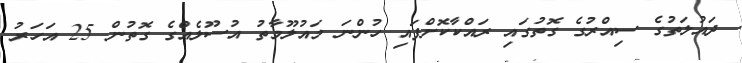
ދައުލަތުގެ ސިއްރުގެ ގޮތުގައި ރައްކާކޮށްފައި ހުންނަ މައުލޫމާތު އުސޫލެއްގެ ގޮތުން 25 އަހަރު